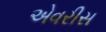
એવરીસ